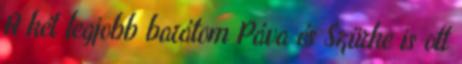
A két legjobb barátom Páva és Szürke is ott